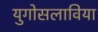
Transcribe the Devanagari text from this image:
युगोसलाविया